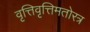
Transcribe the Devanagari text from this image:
वृत्तिवृत्तिमतोरत्र